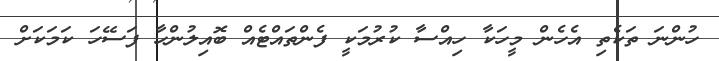
ހުންނަ ތަކެތި އެހެން މީހަކާ ހިއްސާ ކުރުމަކީ ފެންތައްޓެއް ބޮއިލުންހާ ފަސޭހަ ކަމަކަށް